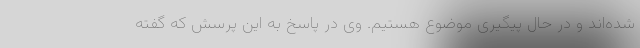
شده‌اند و در حال پیگیری موضوع هستیم. وی در پاسخ به این پرسش که گفته